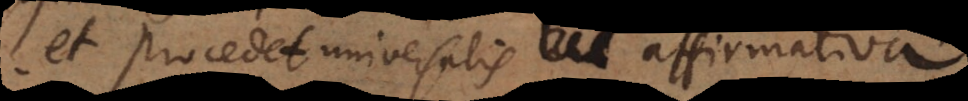
et procedet universalis affirmativ